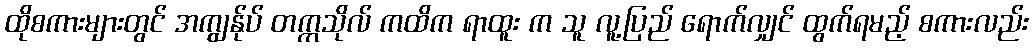
ထိုစကားများတွင် အကျွန်ုပ် တက္ကသိုလ် ကထိက ရာထူး က သူ လူ့ပြည် ရောက်လျှင် ထွက်ရမည့် စကားလည်း